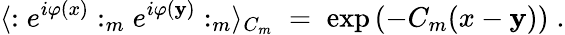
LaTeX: \langle:e^{i\varphi(x)}:_{m}e^{i\varphi(\mathbf{y})}:_{m}\rangle_{C_{m}}\; =\; \exp\left(-C_{m}(x-\mathbf{y})\right)\; .